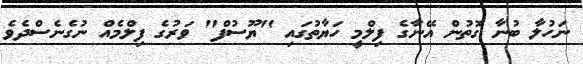
ނަހުލާ ބުނާ ގޮތުން އޭނާގެ ފިލްމީ ހަޔާތުގައި "ޔޫސުފް" ވަރުގެ ފިލްމެއް ނުގެނެސްދެވެ